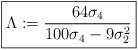
LaTeX: \begin{gather*}\boxed{\Lambda := \frac{64 \sigma_4}{100 \sigma_4 - 9 \sigma_2^2}}\end{gather*}